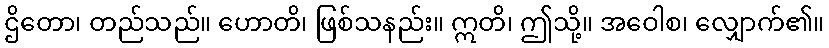
ဌိတော၊ တည်သည်။ ဟောတိ၊ ဖြစ်သနည်း။ ဣတိ၊ ဤသို့။ အဝေါစ၊ လျှောက်၏။